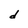
Character: d